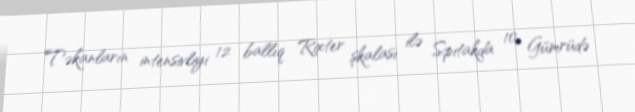
Təkanların intensivliyi 12 ballıq Rixter şkalası ilə Spitakda 10, Gümrüdə